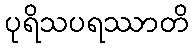
ပုရိသပရဿာတိ